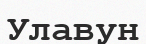
Улавун